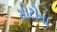
સોટોના